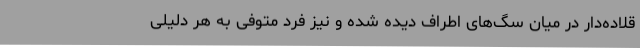
قلاده‌دار در میان سگ‌های اطراف دیده شده و نیز فرد متوفی به هر دلیلی